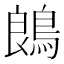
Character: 𪁜